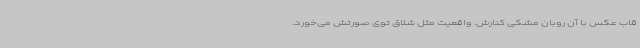
قاب عکس با آن روبان مشکی کنارش. واقعیت مثل شلاق توی صورتش می‌خورد.